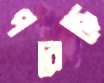
পরেছে